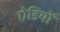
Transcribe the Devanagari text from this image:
ऐडियों